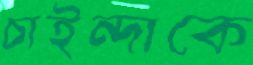
চাইন্দাকে